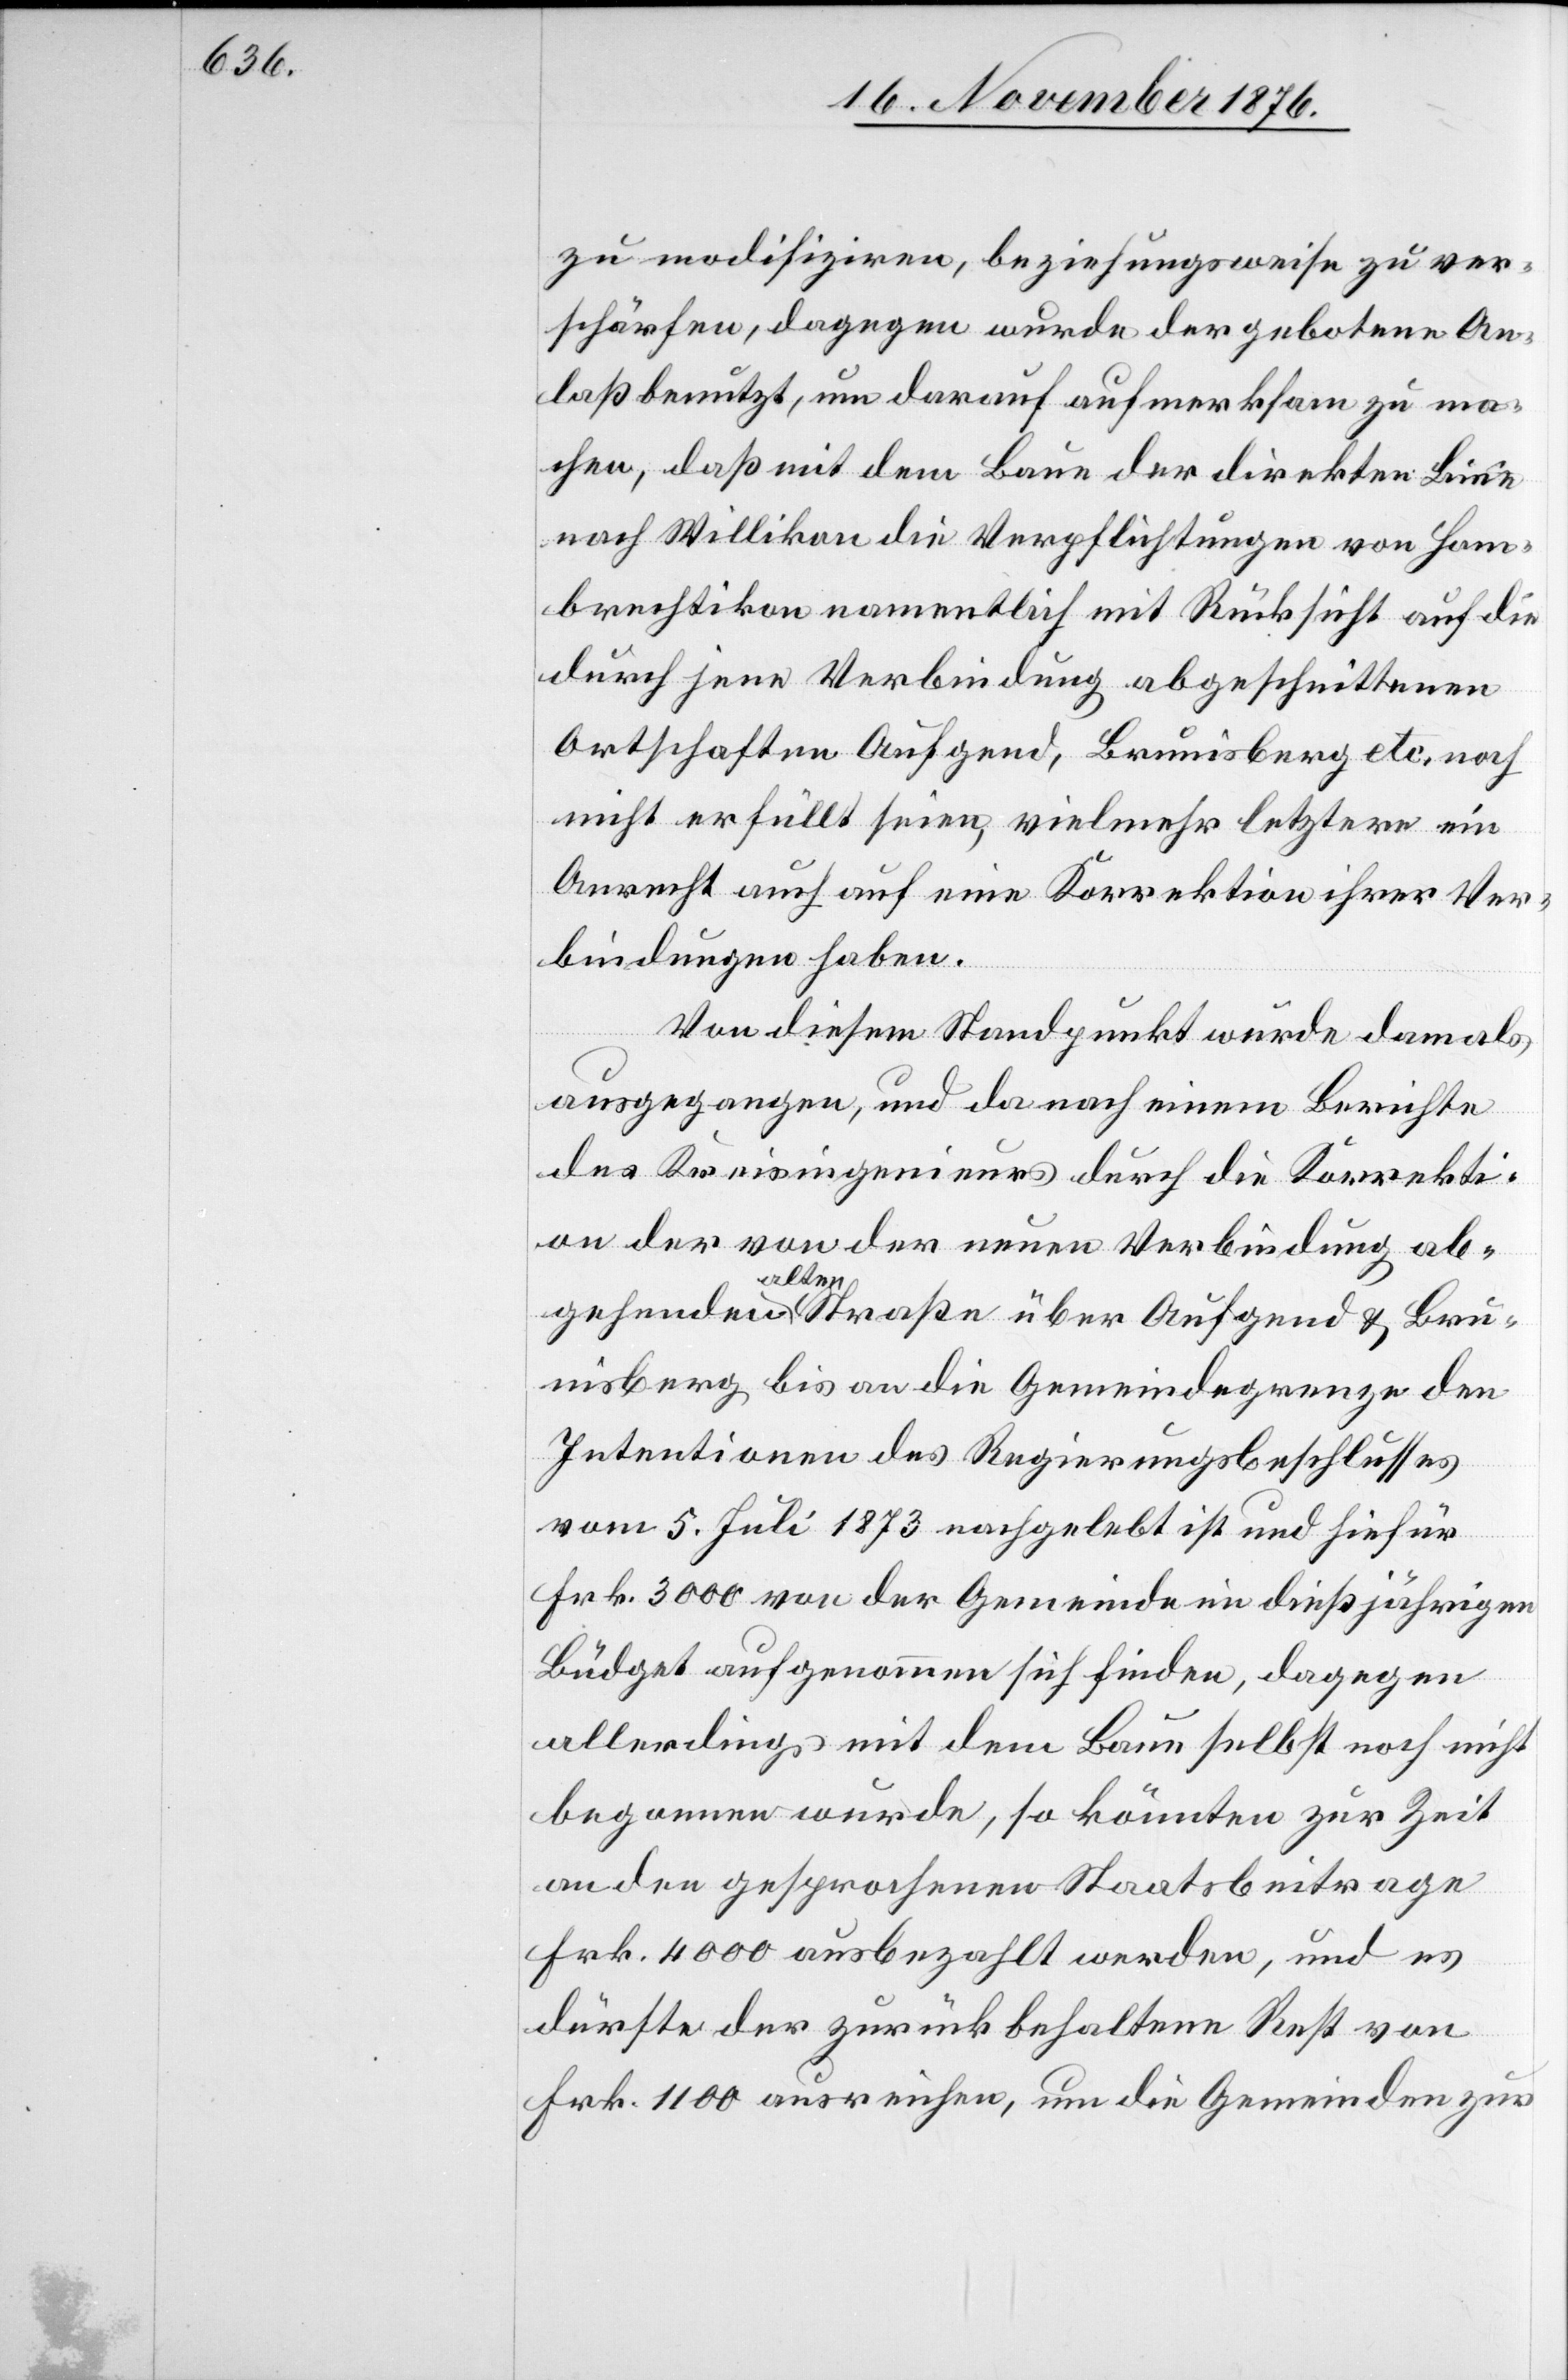
zu modifizieren, beziehungsweise zu ver¬
schärfen, dagegen wurde der gebotene An¬
laß genutzt, um darauf aufmerksam zu ma¬
chen, daß mit dem Baue der direkten Linie
nach Willikon die Verpflichtungen von Hom¬
brechtikon namentlich mit Rücksicht auf die
durch jene Verbindung abgeschnittenen
Ortschaften Aufgend, Braunisberg etc. noch
nicht erfüllt seien, vielmehr letztere ein
Anrecht auch auf eine Korrektion ihrer Ver¬
bindungen haben.
Von diesem Standpunkt wurde damals
ausgegangen, und da nach einem Berichte
des Kreisingenieurs durch die Korrekti¬
on der von der neuen Verbindung ab¬
gehenden alten Straße über Aufgend & Braun¬
isberg bis am die Gemeindegrenze den
Intentionen des Regierungsbeschlusses
vom 5. Juli 1873 nachgelebt ist und hiefür
Frk. 3000 von der Gemeinde im dießjährigen
Büdget aufgenommen sich finden, dagegen
allerdings mit dem Baue selbst noch nicht
begonnen wurde, so könnten zur Zeit
an den gesprochenen Staatsbeitrage
Frk. 4000 ausbezahlt werden, und es
dürfte der zurückbehaltene Rest von
Frk. 1100 ausreichen, um die Gemeinden zur